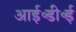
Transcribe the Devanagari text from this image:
आई॰डी॰ई